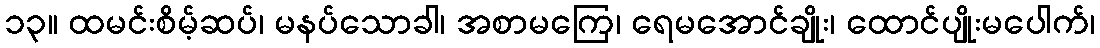
၁၃။ ထမင်းစိမ့်ဆပ်၊ မနပ်သောခါ၊ အစာမကြေ၊ ရေမအောင်ချိုး၊ ထောင်ပျိုးမပေါက်၊